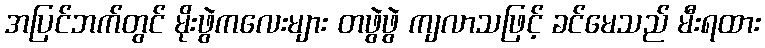
အပြင်ဘက်တွင် မိုးဖွဲကလေးများ တဖွဲဖွဲ ကျလာသဖြင့် ခင်မေသည် မီးရထား